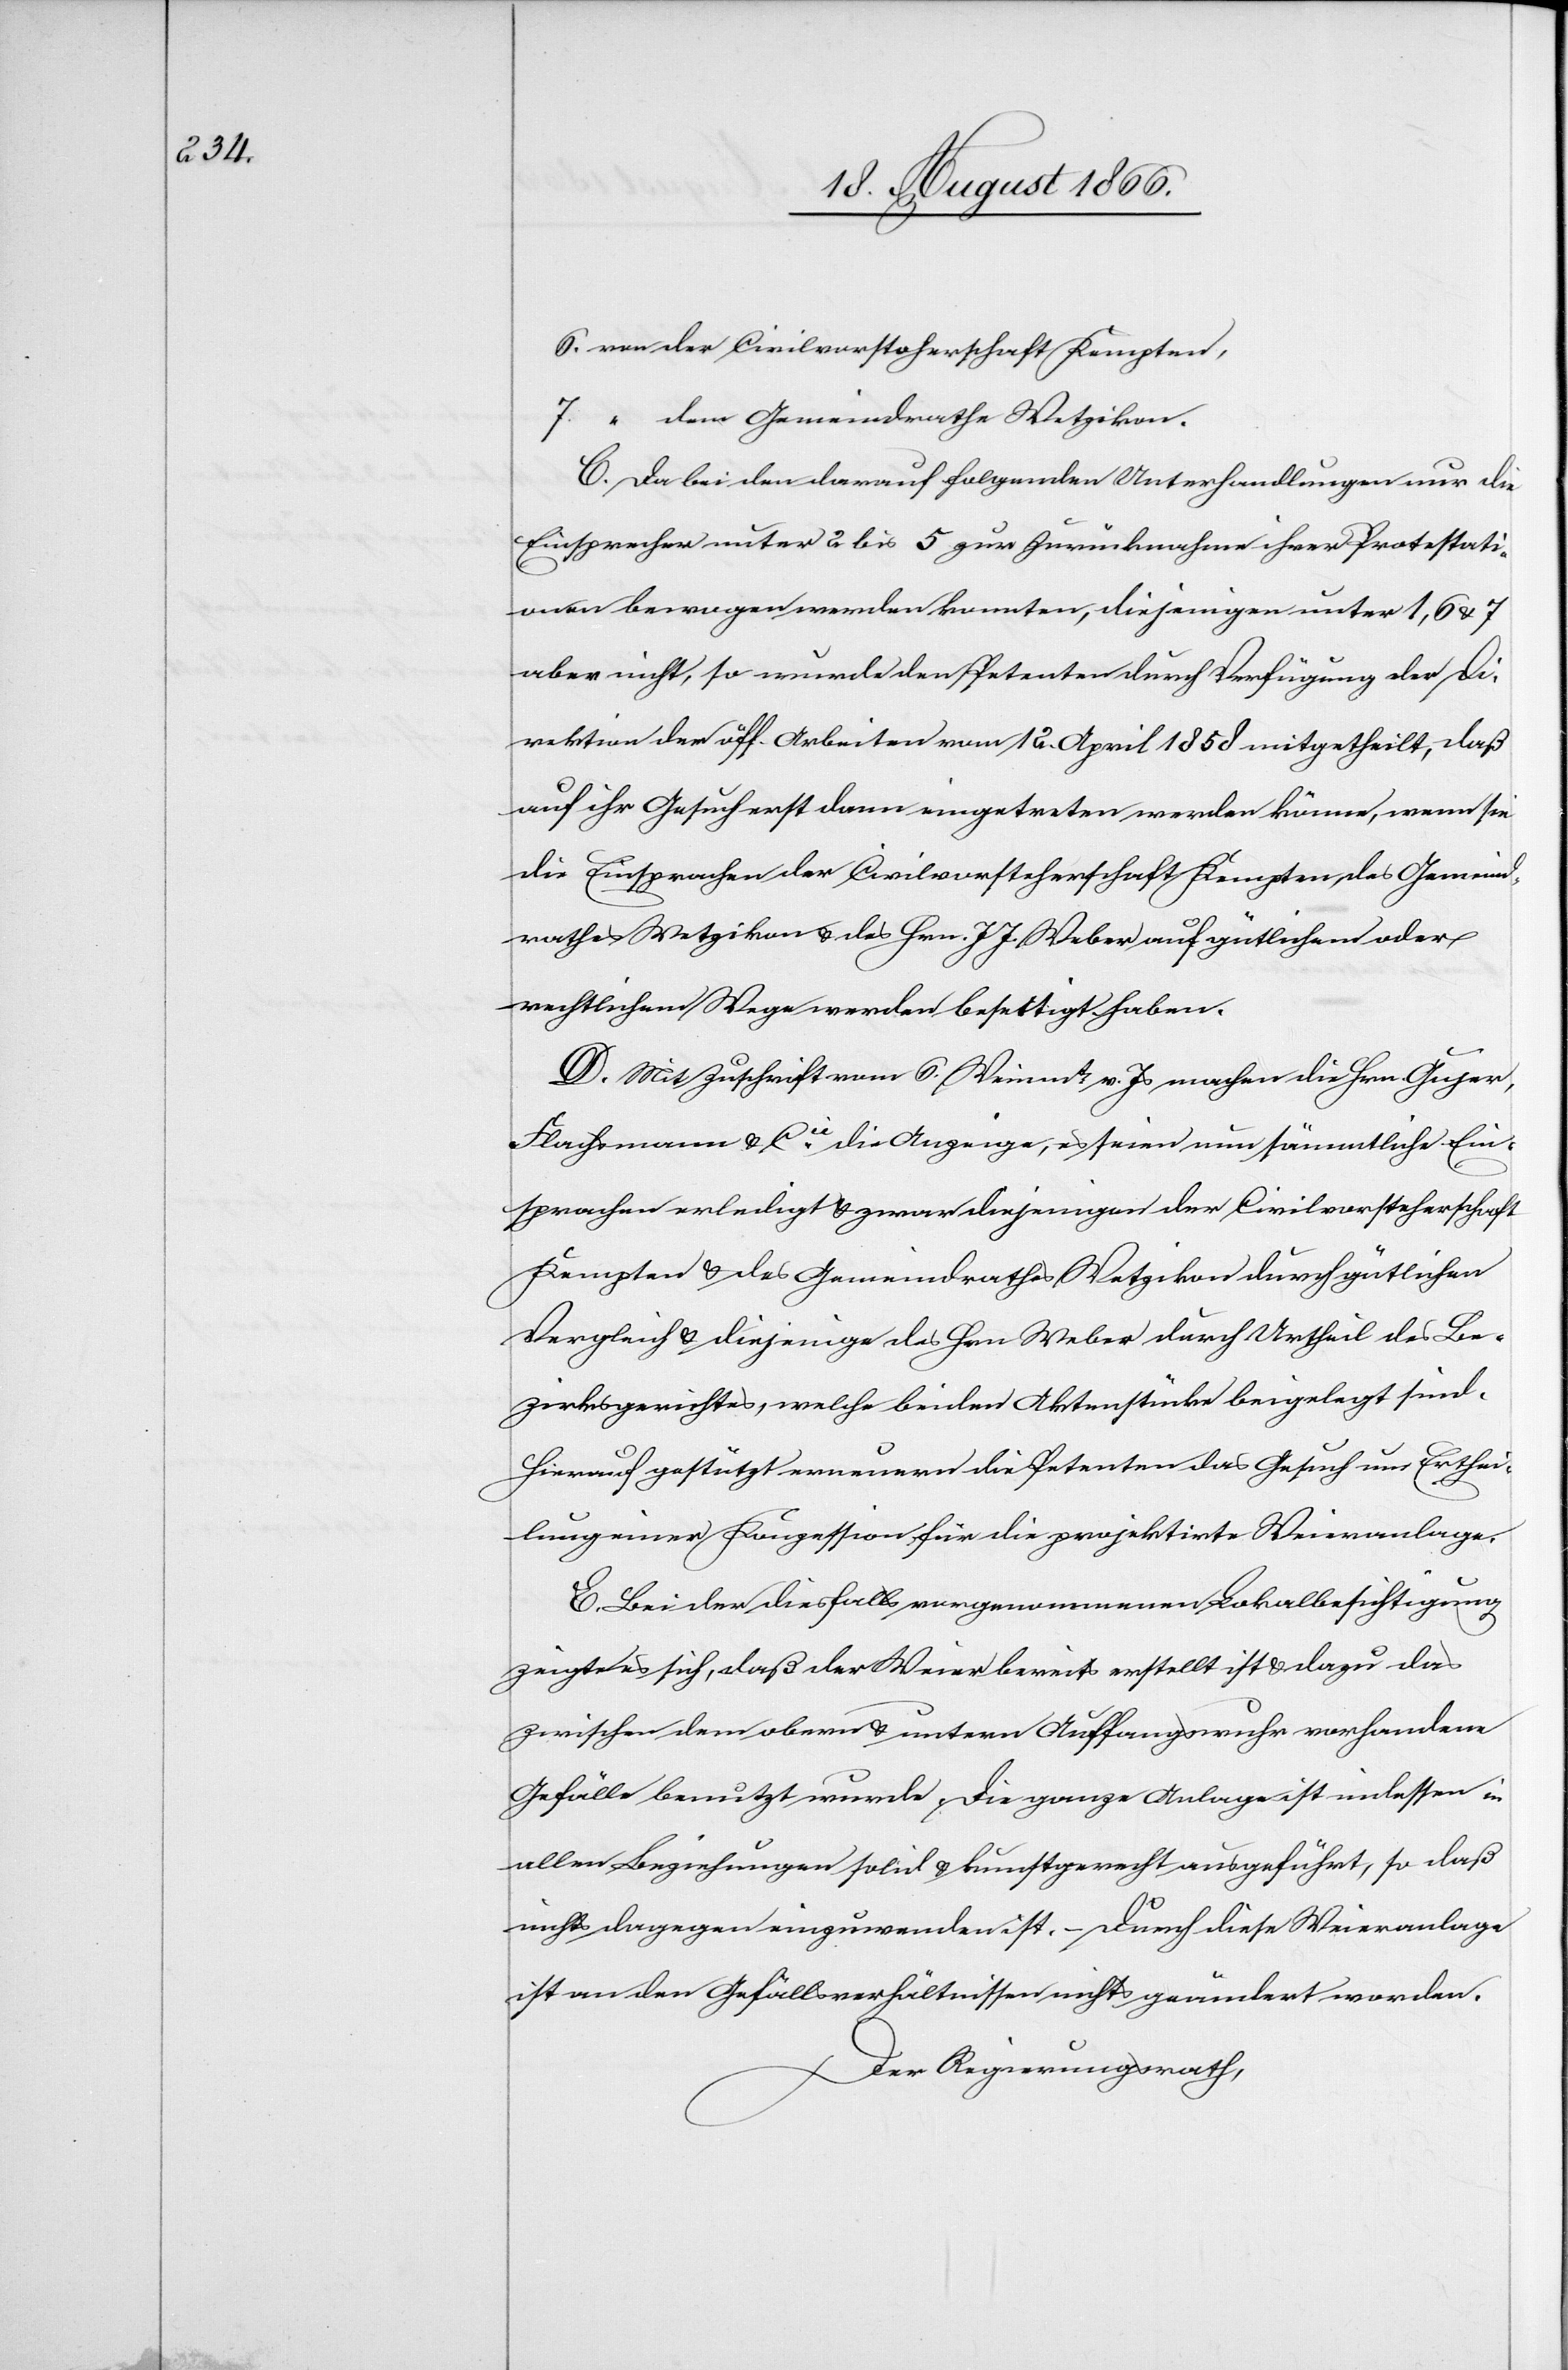
C. Da bei den darauf folgenden Unterhandlungen nur die
Einsprachen unter 2 bis 5 zur Zurücknahme ihrer Protestati¬
onen bewogen werden konnten, diejenigen unter 1, 6 u. 7
aber nicht, so wurde den Petenten durch Verfügung der Di¬
rektion der öff. Arbeiten vom 12. April 1858 mitgetheilt, daß
auf ihr Gesuch erst dann eingetreten werden könne, wenn sie
die Einsprachen der Civilvorsteherschaft Kempten, des Gemeind¬
rathes Wetzikon u. des Hrn. J. J. Weber auf gütlichem oder
rechtlichem Wege werden beseitigt haben.
D. Mit Zuschrift vom 6. Weinmt. v. Js. machen die Hrn. Gujer,
Flachmann & Cie. die Anzeige, es seien nun sämmtliche Ein¬
sprachen erledigt u. zwar diejenigen der Civilvorsteherschaft
Kempten u. des Gemeindrathes Wetzikon durch gütlichen
Vergleich u. diejenige des Hrn. Weber durch Urtheil des Be¬
zirksgerichtes, welche beiden Aktenstücke beigelegt sind.
Hierauf gestützt erneuern die Petenten das Gesuch um Erthei¬
lung einer Konzession für die projektirte Weieranlage.
E. Bei der diesfalls vorgenommenen Lokalbesichtigung
zeigte es sich, daß der Weier bereits erstellt ist u. dazu das
zwischen dem obern u. untern Auffangswuhr vorhandene
Gefälle benutzt wurde. Die ganze Anlage ist indessen in
allen Beziehungen solid u. kunstgerecht ausgeführt, so daß
nichts dagegen einzuwenden ist. – Durch diese Weieranlage
ist an den Gefällsverhältnissen nichts geändert worden.
Der Regierungsrath,